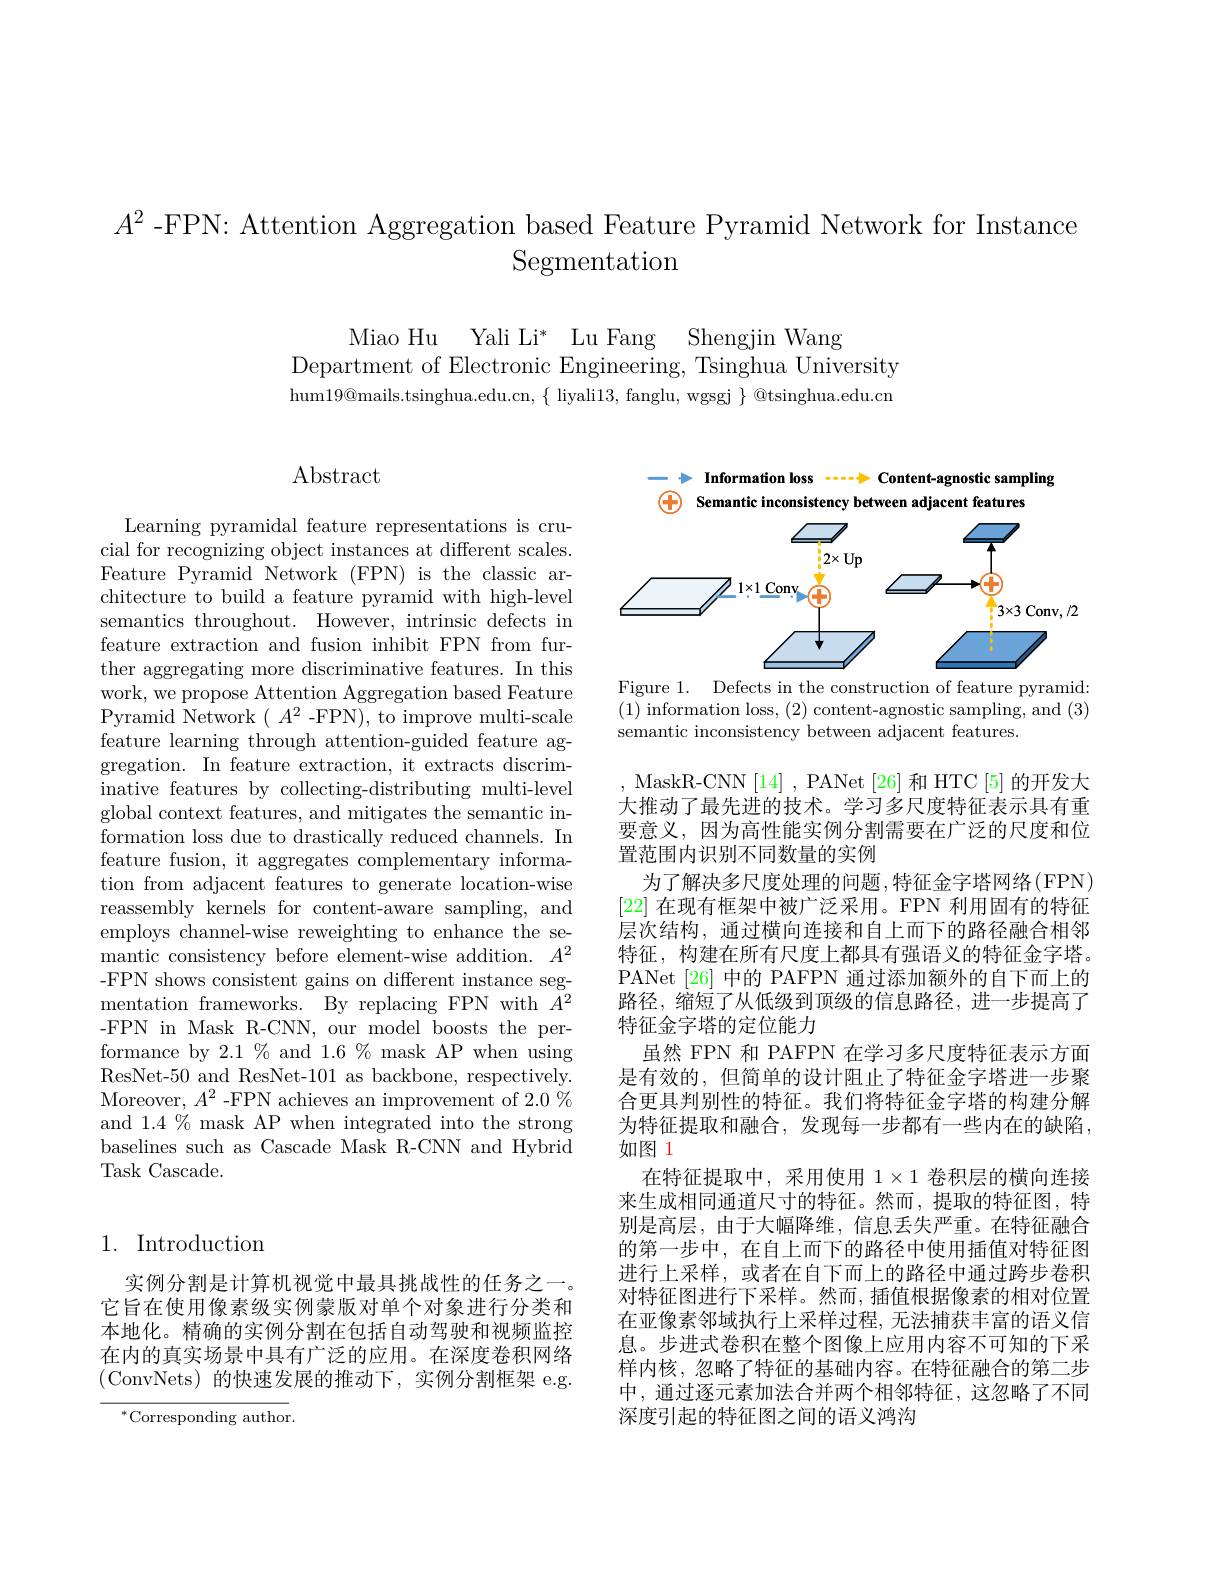
$A^2$ -FPN: Attention Aggregation based Feature Pyramid Network for Instance
Segmentation

Miao Hu Yali Li* Lu Fang Shengjin Wang
Department of Electronic Engineering, Tsinghua University $hum19@mails.tsinghua.edu.cn,\{~liyali13,~fanglu,~wgsgj~\}~@tsinghua.edu.cn$

# $\operatorname{Abstract}$

Learning pyramidal feature representations is crucial for recognizing object instances at different scales. Feature Pyramid Network (FPN) is the classic architecture to build a feature pyramid with high-level semantics throughout. However, intrinsic defects in feature extraction and fusion inhibit FPN from further aggregating more discriminative features. In this work, we propose Attention Aggregation based Feature Pyramid Network $(A^{2}$-FPN), to improve multi-scale feature learning through attention-guided feature aggregation. In feature extraction, it extracts discriminative features by collecting-distributing multi-level global context features, and mitigates the semantic information loss due to drastically reduced channels. In feature fusion, it aggregates complementary information from adjacent features to generate location-wise reassembly kernels for content-aware sampling, and employs channel-wise reweighting to enhance the semantic consistency before element-wise addition. $A^2$ -FPN shows consistent gains on different instance segmentation frameworks. By replacing FPN with $A^2$ -FPN in Mask R-CNN, our model boosts the performance by 2.1 % and 1.6 % mask AP when using ResNet-50 and ResNet-101 as backbone, respectively. Moreover, $A^2$ -FPN achieves an improvement of 2.0% and 1.4 % mask AP when integrated into the strong baselines such as Cascade Mask R-CNN and Hybrid Task Cascade.

## 1. Introduction

实例分割是计算机视觉中最具挑战性的任务之一。它旨在使用像素级实例蒙版对单个对象进行分类和本地化。精确的实例分割在包括自动驾驶和视频监控在内的真实场景中具有广泛的应用。在深度卷积网络(ConvNets)的快速发展的推动下，实例分割框架 e.g.

$^{*}$Corresponding author.

 Information loss $\cdots+$Content
<FigureHere>

Figure 1. Defects in the construction of feature pyramid:

(1) information loss, (2) content-agnostic sampling, and (3)
semantic inconsistency between adjacent features.

MaskR-CNN [14] , PANet [26] 和 HTC [5] 的开发大大推动了最先进的技术。学习多尺度特征表示具有重要意义，因为高性能实例分割需要在广泛的尺度和位置范围内识别不同数量的实例
为了解决多尺度处理的问题，特征金字塔网络(FPN) [22]在现有框架中被广泛采用。FPN 利用固有的特征层次结构，通过横向连接和自上而下的路径融合相邻特征，构建在所有尺度上都具有强语义的特征金字塔。PANet[26] 中的 PAFPN 通过添加额外的自下而上的路径，缩短了从低级到顶级的信息路径，进一步提高了特征金字塔的定位能力
虽然 FPN 和 PAFPN 在学习多尺度特征表示方面是有效的，但简单的设计阻止了特征金字塔进一步聚合更具判别性的特征。我们将特征金字塔的构建分解为特征提取和融合，发现每一步都有一些内在的缺陷， 如图 1
在特征提取中，采用使用$1\times1$卷积层的横向连接来生成相同通道尺寸的特征。然而，提取的特征图，特别是高层，由于大幅降维，信息丢失严重。在特征融合的第一步中，在自上而下的路径中使用插值对特征图进行上采样，或者在自下而上的路径中通过跨步卷积对特征图进行下采样。然而，插值根据像素的相对位置在亚像素邻域执行上采样过程，无法捕获丰富的语义信息。步进式卷积在整个图像上应用内容不可知的下采样内核，忽略了特征的基础内容。在特征融合的第二步中，通过逐元素加法合并两个相邻特征，这忽略了不同深度引起的特征图之间的语义鸿沟